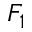
F _ { 1 }